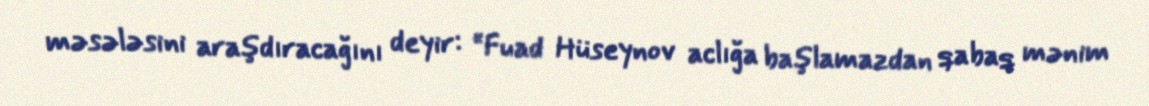
məsələsini araşdıracağını deyir: “Fuad Hüseynov aclığa başlamazdan qabaq mənim